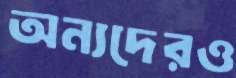
অন্যদেরও